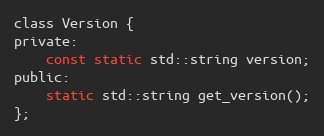
Language: C
class Version {
private:
    const static std::string version;
public:
    static std::string get_version();
};